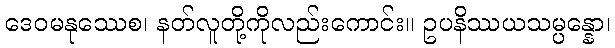
ဒေဝမနုဿေစ၊ နတ်လူတို့ကိုလည်းကောင်း။ ဥပနိဿယသမ္ပန္နော၊